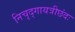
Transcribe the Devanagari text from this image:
निचृद्‌गायत्रीछंदः